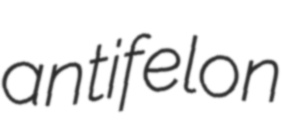
antifelon